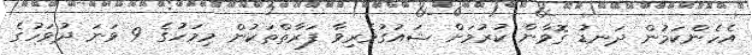
އެހެންކަމުން ދަނޑު ގޮވާން ކުރުމަށް ޝައުގުވެރިވާ ފަރާތްތަކުން މިމަހުގެ 9 ވަނަ ދުވަހުގެ